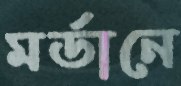
মর্ডানে